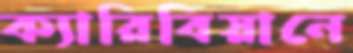
ক্যারিবিয়ানে